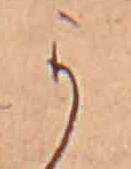
か